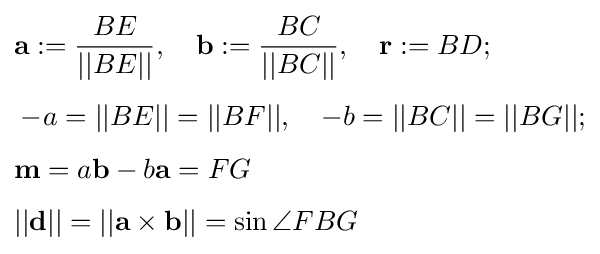
{\begin{aligned}&\mathbf {a} :={\frac {BE}{||BE||}},\quad \mathbf {b} :={\frac {BC}{||BC||}},\quad \mathbf {r} :=BD;\\[4pt]&-\!a=||BE||=||BF||,\quad -b=||BC||=||BG||;\\[4pt]&\mathbf {m} =a\mathbf {b} -b\mathbf {a} =FG\\[4pt]&||\mathbf {d} ||=||\mathbf {a} \times \mathbf {b} ||=\sin \angle FBG\end{aligned}}